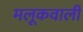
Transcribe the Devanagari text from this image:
मलूकवाली